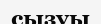
сызуы